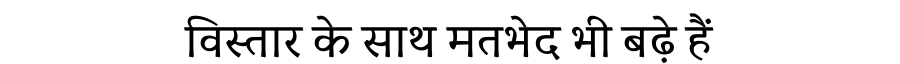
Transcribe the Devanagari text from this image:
विस्तार के साथ मतभेद भी बढ़े हैं